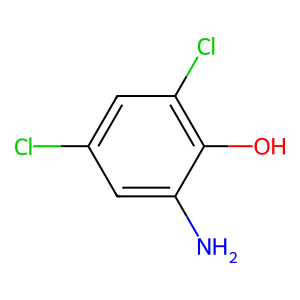
SMILES: Nc1cc(Cl)cc(Cl)c1O
Inhibits HIV replication: No